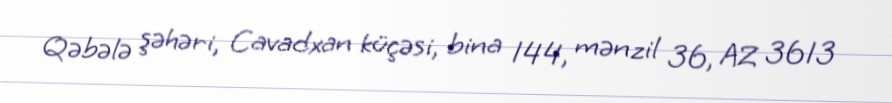
Qəbələ şəhəri, Cavadxan küçəsi, bina 144, mənzil 36, AZ 3613